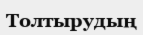
Толтырудың